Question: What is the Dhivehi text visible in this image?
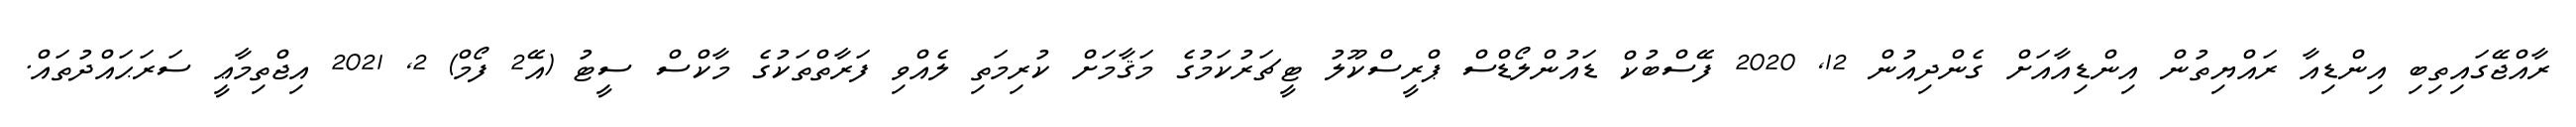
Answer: ރާއްޖޭގައިތިބި އިންޑިއާ ރައްޔިތުން އިންޑިއާއަށް ގެންދިއުން 12, 2020 ފޭސްބުކް ޑައުންލޯޑްސް ޕްރީސްކޫލު ޓީޗަރުކަމުގެ މަޤާމަށް ކުރިމަތި ލެއްވި ފަރާތްތަކުގެ މާކްސް ސީޓު (އޭ2 ފޯމް) 2, 2021 އިޖްތިމާޢީ ސަރަޙައްދުތައް.